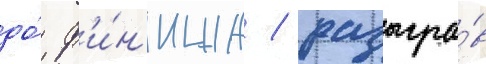
до́ ф'и́н'иша / разыгра́в